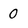
Character: 0